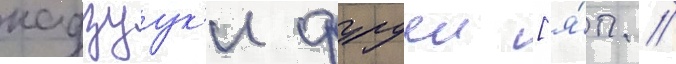
кадзуук'и фуруеи [я́п. //